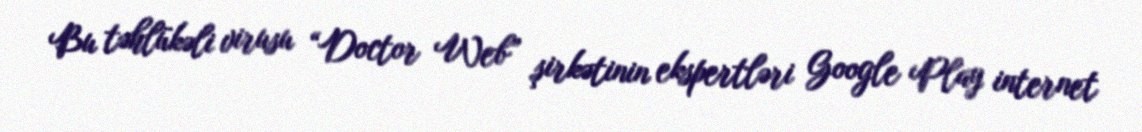
Bu təhlükəli virusu “Doctor Web” şirkətinin ekspertləri Google Play internet